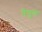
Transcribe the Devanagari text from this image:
नैपुण